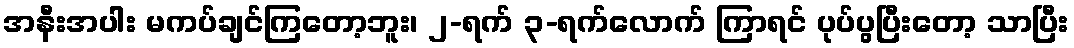
အနီးအပါး မကပ်ချင်ကြတော့ဘူး၊ ၂-ရက် ၃-ရက်လောက် ကြာရင် ပုပ်ပွပြီးတော့ သာပြီး